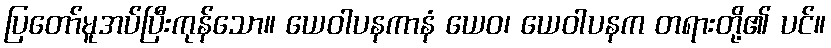
ပြတော်မူအပ်ပြီးကုန်သော။ ယေဝါပနကာနံ ယေဝ၊ ယေဝါပနက တရားတို့၏ ပင်။